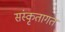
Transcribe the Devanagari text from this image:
संस्कृतागत